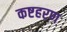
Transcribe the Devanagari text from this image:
कष्टहरण